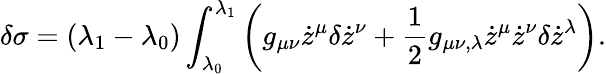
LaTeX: \delta\sigma=(\lambda_{1}-\lambda_{0})\int_{\lambda_{0}}^{\lambda_{1}}\left(g_{\mu\nu}\dot{z}^{\mu}\delta\dot{z}^{\nu}+\frac{1}{2}g_{\mu\nu,\lambda}\dot{z}^{\mu}\dot{z}^{\nu}\delta\dot{z}^{\lambda}\right).